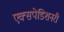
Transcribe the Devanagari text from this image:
एक्सपेडिशनरी